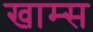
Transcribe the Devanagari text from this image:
खाम्स